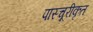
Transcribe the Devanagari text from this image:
पास्चूरीकृत